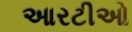
આરટીઓ